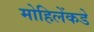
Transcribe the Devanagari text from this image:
मोहिलेंकडे